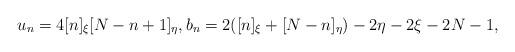
LaTeX: \begin{align*} u_n = 4[n]_\xi[N-n+1]_\eta,b_n = 2([n]_\xi+[N-n]_\eta)-2\eta-2\xi-2N-1,\end{align*}